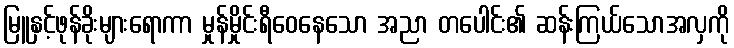
မြူနှင့်ဖုန်ခိုးများရောကာ မှုန်မှိုင်းရီဝေနေသော အညာ တပေါင်း၏ ဆန်းကြယ်သောအလှကို